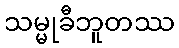
သမ္မုခီဘူတဿ